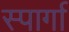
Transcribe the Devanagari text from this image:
स्पार्गा